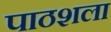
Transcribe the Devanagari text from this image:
पाठशला